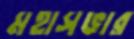
মহাসভার